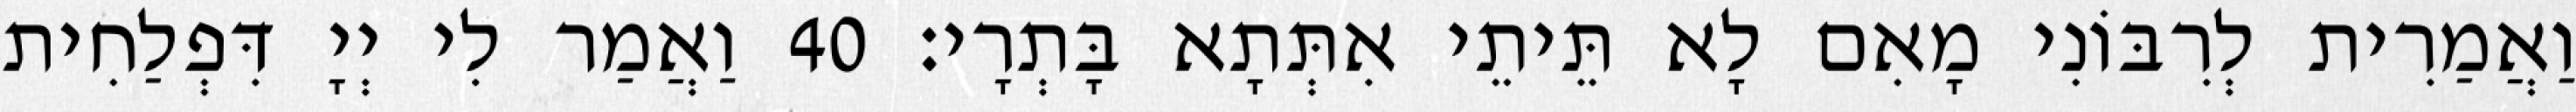
וַאֲמַרִית לְרִבּוֹנִי מָאִם לָא תֵּיתֵי אִתְּתָא בָּתְרָי׃ 40 וַאֲמַר לִי יְיָ דִּפְלַחִית